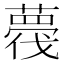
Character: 薎